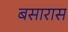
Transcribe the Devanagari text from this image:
बसारास